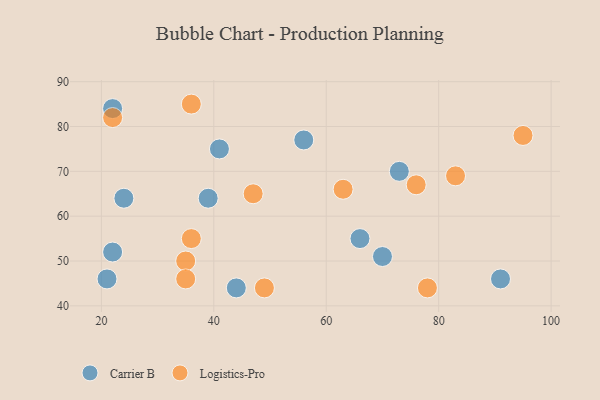
{"axis": {"x": "GDP", "y": "Life Expectancy"}, "legend": ["Carrier B", "Logistics-Pro"], "data": [{"x": "39", "y": 64, "type": "Carrier B"}, {"x": "66", "y": 55, "type": "Carrier B"}, {"x": "41", "y": 75, "type": "Carrier B"}, {"x": "73", "y": 70, "type": "Carrier B"}, {"x": "22", "y": 52, "type": "Carrier B"}, {"x": "21", "y": 46, "type": "Carrier B"}, {"x": "56", "y": 77, "type": "Carrier B"}, {"x": "22", "y": 84, "type": "Carrier B"}, {"x": "91", "y": 46, "type": "Carrier B"}, {"x": "44", "y": 44, "type": "Carrier B"}, {"x": "70", "y": 51, "type": "Carrier B"}, {"x": "24", "y": 64, "type": "Carrier B"}, {"x": "83", "y": 69, "type": "Logistics-Pro"}, {"x": "95", "y": 78, "type": "Logistics-Pro"}, {"x": "35", "y": 50, "type": "Logistics-Pro"}, {"x": "35", "y": 46, "type": "Logistics-Pro"}, {"x": "22", "y": 82, "type": "Logistics-Pro"}, {"x": "36", "y": 55, "type": "Logistics-Pro"}, {"x": "76", "y": 67, "type": "Logistics-Pro"}, {"x": "47", "y": 65, "type": "Logistics-Pro"}, {"x": "36", "y": 85, "type": "Logistics-Pro"}, {"x": "49", "y": 44, "type": "Logistics-Pro"}, {"x": "78", "y": 44, "type": "Logistics-Pro"}, {"x": "63", "y": 66, "type": "Logistics-Pro"}]}